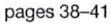
pages 38-41